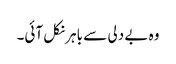
وہ بے دلی سے باہر نکل آئی۔